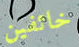
خائفين